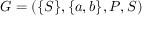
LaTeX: G = ( \{ S \} , \{ a , b \} , P , S )